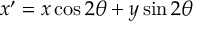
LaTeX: x ^ { \prime } = x \cos 2 \theta + y \sin 2 \theta